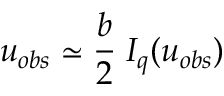
u _ { o b s } \simeq \frac { b } { 2 } \; I _ { q } ( u _ { o b s } )